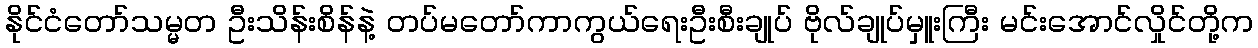
နိုင်ငံတော်သမ္မတ ဦးသိန်းစိန်နဲ့ တပ်မတော်ကာကွယ်ရေးဦးစီးချုပ် ဗိုလ်ချုပ်မှူးကြီး မင်းအောင်လှိုင်တို့က